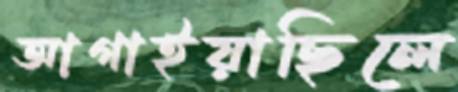
আগাইয়াছিলে